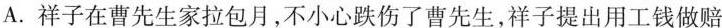
A.祥子在曹先生家拉包月，不小心跌伤了曹先生，祥子提出用工钱做赔